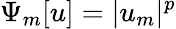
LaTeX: \Psi_{m}[u]=|u_{m}|^{p}